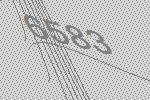
6583